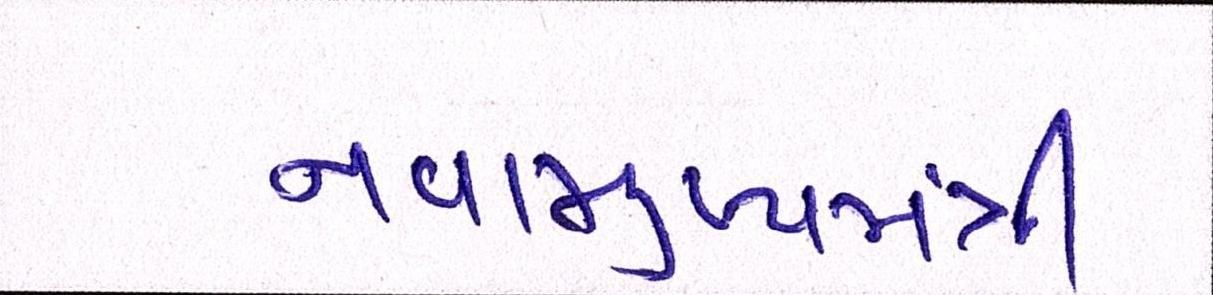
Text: નવામુખ્યમંત્રી